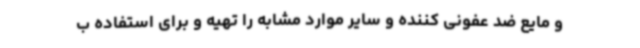
و مایع ضد عفونی کننده و سایر موارد مشابه را تهیه و برای استفاده ب